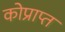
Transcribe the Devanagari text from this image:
कोप्राप्त